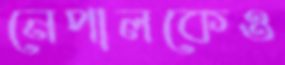
নেপালকেও